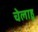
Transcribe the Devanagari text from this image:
चेलाहु